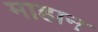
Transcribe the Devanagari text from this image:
माहान